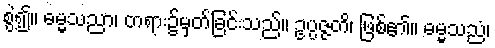
စွဲ၍။ ဓမ္မသညာ၊ တရား၌မှတ်ခြင်းသည်။ ဥပ္ပဇ္ဇတိ၊ ဖြစ်၏။ ဓမ္မသညံ၊